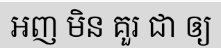
អញ មិន គួរ ជា ឲ្យ